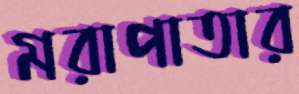
মরাপাতার